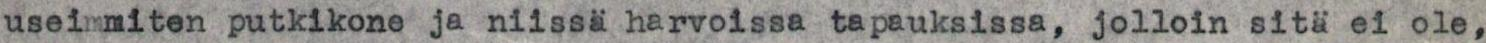
useimmiten putkikone ja niissä harvoissa tapauksissa, jolloin sitä ei ole,